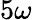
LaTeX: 5\omega